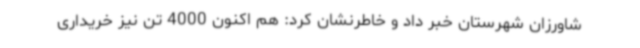
شاورزان شهرستان خبر داد و خاطرنشان کرد: هم اکنون 4000 تن نیز خریداری